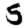
Digit: 5